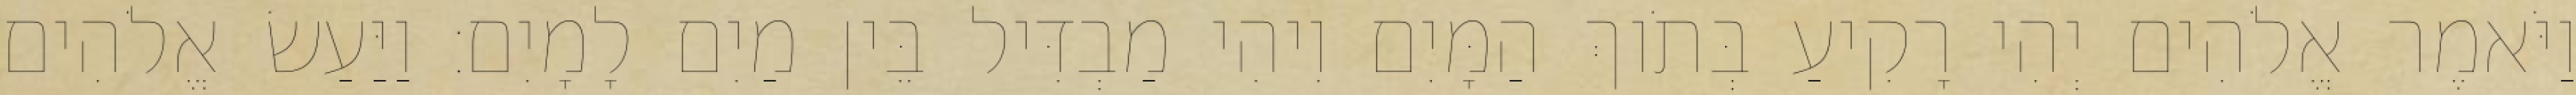
וַיֹּאמֶר אֱלֹהִים יְהִי רָקִיעַ בְּתֹוךְ הַמָּיִם וִיהִי מַבְדִּיל בֵּין מַיִם לָמָיִם׃ וַיַּעַשׂ אֱלֹהִים